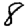
Digit: 8